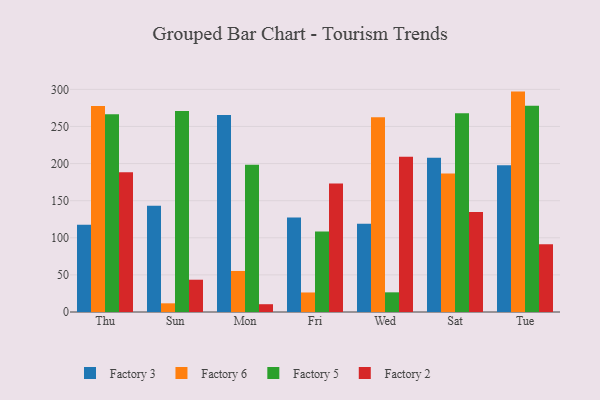
{"axis": {"x": "Day", "y": "Energy Usage (MWh)"}, "legend": ["Factory 2", "Factory 3", "Factory 5", "Factory 6"], "data": [{"x": "Thu", "y": 117.5, "type": "Factory 3"}, {"x": "Thu", "y": 277.5, "type": "Factory 6"}, {"x": "Thu", "y": 266.5, "type": "Factory 5"}, {"x": "Thu", "y": 188.3, "type": "Factory 2"}, {"x": "Sun", "y": 143.1, "type": "Factory 3"}, {"x": "Sun", "y": 11.7, "type": "Factory 6"}, {"x": "Sun", "y": 270.9, "type": "Factory 5"}, {"x": "Sun", "y": 43.5, "type": "Factory 2"}, {"x": "Mon", "y": 265.6, "type": "Factory 3"}, {"x": "Mon", "y": 55.3, "type": "Factory 6"}, {"x": "Mon", "y": 198.3, "type": "Factory 5"}, {"x": "Mon", "y": 10.5, "type": "Factory 2"}, {"x": "Fri", "y": 127.5, "type": "Factory 3"}, {"x": "Fri", "y": 26.3, "type": "Factory 6"}, {"x": "Fri", "y": 108.4, "type": "Factory 5"}, {"x": "Fri", "y": 173.0, "type": "Factory 2"}, {"x": "Wed", "y": 118.8, "type": "Factory 3"}, {"x": "Wed", "y": 262.6, "type": "Factory 6"}, {"x": "Wed", "y": 26.5, "type": "Factory 5"}, {"x": "Wed", "y": 209.1, "type": "Factory 2"}, {"x": "Sat", "y": 207.7, "type": "Factory 3"}, {"x": "Sat", "y": 186.7, "type": "Factory 6"}, {"x": "Sat", "y": 267.7, "type": "Factory 5"}, {"x": "Sat", "y": 134.8, "type": "Factory 2"}, {"x": "Tue", "y": 197.9, "type": "Factory 3"}, {"x": "Tue", "y": 297.0, "type": "Factory 6"}, {"x": "Tue", "y": 278.0, "type": "Factory 5"}, {"x": "Tue", "y": 91.3, "type": "Factory 2"}]}